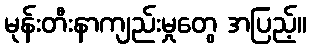
မုန်းတီးနာကျည်းမှုတွေ အပြည့်။